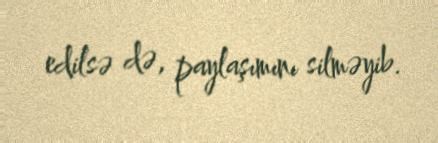
edilsə də, paylaşımını silməyib.